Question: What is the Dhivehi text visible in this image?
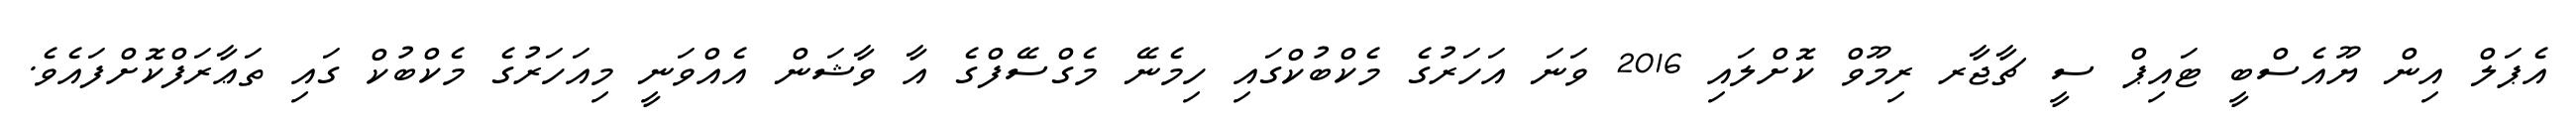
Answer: އެޕަލް އިން ޔޫއެސްބީ ޓައިޕް ސީ ޗާޖާރ ރިމޫވް ކޮށްލައި 2016 ވަނަ އަހަރުގެ މެކްބުކްގައި ހިމެނޭ މެގްސޭފްގެ އާ ވާޝަން އެއްވަނީ މިއަހަރުގެ މެކްބުކް ގައި ތަޢާރަފްކޮށްފައެވެ.